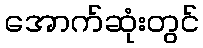
အောက်ဆုံးတွင်